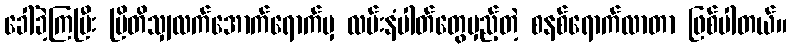
ခေါ်ခဲ့ကြပြီး ဗြိတိသျှလက်အောက်ရောက်မှ လမ်းနံပါတ်တွေမှည့်တဲ့ စနစ်ရောက်လာတာ ဖြစ်ပါတယ်။